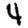
Digit: 4